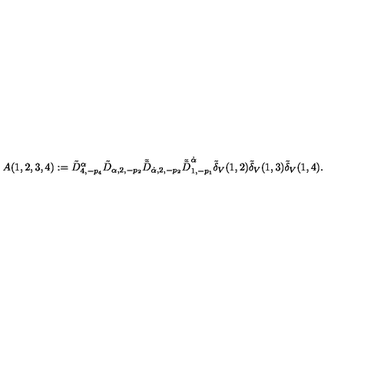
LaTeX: A ( 1 , 2 , 3 , 4 ) : = \tilde { D } _ { 4 , - p _ { 4 } } ^ { \alpha } \tilde { D } _ { \alpha , 2 , - p _ { 2 } } \tilde { \bar { D } } _ { \dot { \alpha } , 2 , - p _ { 2 } } \tilde { \bar { D } } _ { 1 , - p _ { 1 } } ^ { \dot { \alpha } } \tilde { \delta } _ { V } ( 1 , 2 ) \tilde { \delta } _ { V } ( 1 , 3 ) \tilde { \delta } _ { V } ( 1 , 4 ) .